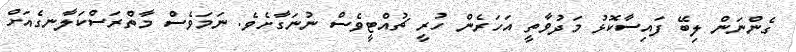
ގެންނަން ލިބޭ ފައިސާކޮޅު މަދުވާތީ އަހަރެން ހުރީ ޗުއްޓީވެސް ނުނަގާށެވެ. ނަމަވެސް މާތްރަސްކަލާނގެއަށް